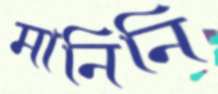
মানিনি